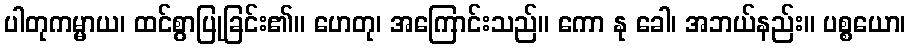
ပါတုကမ္မာယ၊ ထင်စွာပြုခြင်း၏။ ဟေတု၊ အကြောင်းသည်။ ကော နု ခေါ၊ အဘယ်နည်း။ ပစ္စယော၊